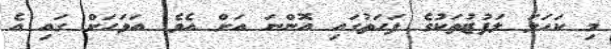
މި ކަހަލަ ލަފުޒުތަކުގެ ފަހަތުގައި އޮންނަ އަށް އެވެ. އަވަހަށް ގައި އެ